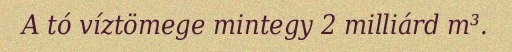
A tó víztömege mintegy 2 milliárd m³.